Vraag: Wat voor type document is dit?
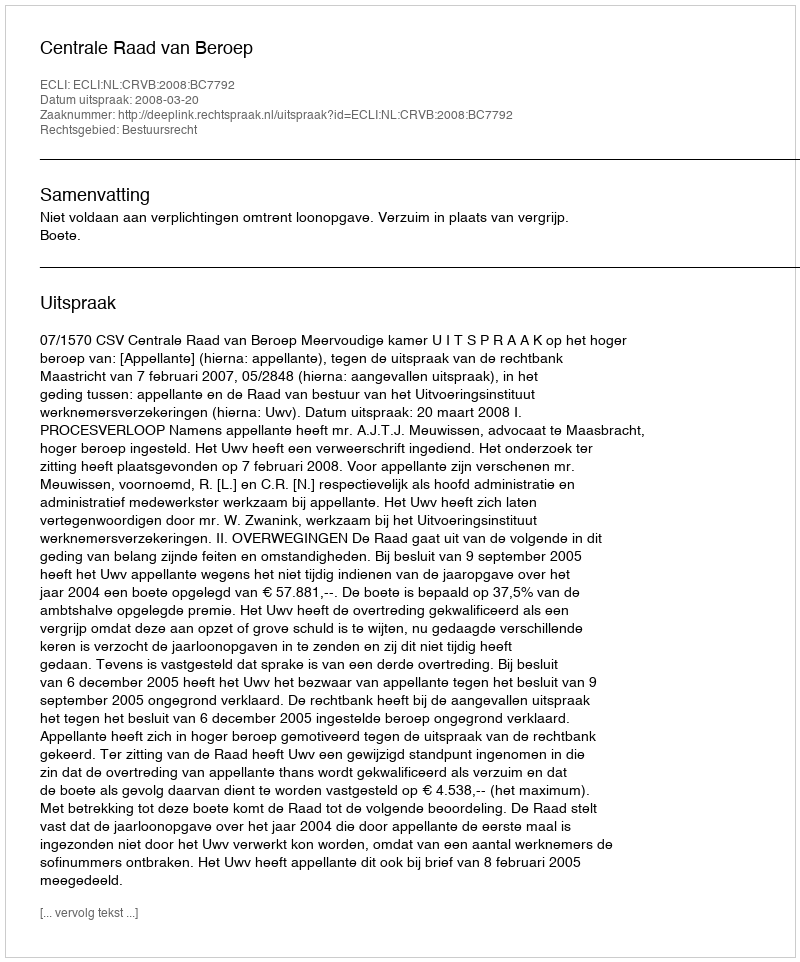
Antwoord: Uitspraak